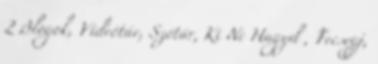
2 Blogok, Videótár, Szótár, Ki Ne Hagyd , Fecsegj,